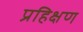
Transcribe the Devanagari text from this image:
प्रहिक्षण